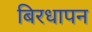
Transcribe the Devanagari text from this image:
बिरधापन